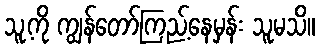
သူ့ကို ကျွန်တော်ကြည့်နေမှန်း သူမသိ။